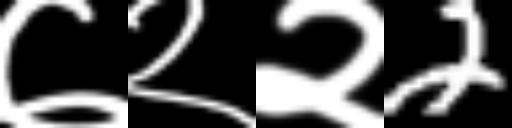
Text: ७२२2